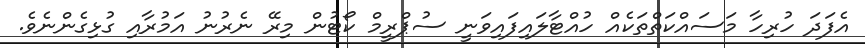
އެފަދަ ހުރިހާ މަސައްކަތްތަކެއް ހުއްޓާލައިފައިވަނީ ސުޕްރީމް ކޯޓުން މިރޭ ނެރުނު އަމުރާއި ގުޅިގެންނެވެ.